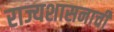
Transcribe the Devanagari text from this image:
राज्यशासनाची